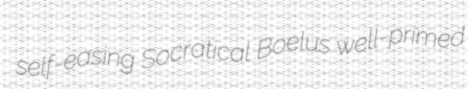
self-easing Socratical Boelus well-primed